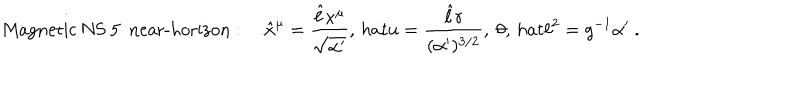
LaTeX: \mathrm { M a g n e t i c ~ N S ~ 5 ~ n e a r - h o r i z o n } : \quad \hat { x } ^ { \mu } = \frac { \hat { \ell } x ^ { \mu } } { \sqrt { \alpha ^ { \prime } } } , \, h a t { u } = \frac { \hat { \ell } r } { ( \alpha ^ { \prime } ) ^ { 3 / 2 } } , \ \theta , \, h a t { \ell } ^ { 2 } = g ^ { - 1 } \alpha ^ { \prime } \ .